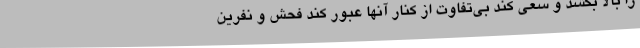
را بالا بکشد و سعی کند بی‌تفاوت از کنار آنها عبور کند فحش و نفرین